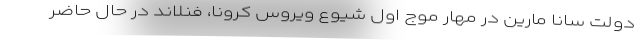
دولت سانا مارین در مهار موج اول شیوع ویروس کرونا، فنلاند در حال حاضر